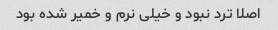
اصلا ترد نبود و خیلی نرم و خمیر شده بود